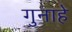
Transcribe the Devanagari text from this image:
गुनाहे